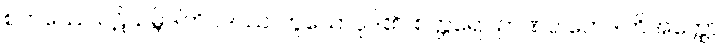
စတဿေ ပဋိသမ္ဘိဒါတိပဒဿ၊ ဟူသောပုဒ်၏။ စတ္တရော ဉာဏပ္ပ ဘေဒါတိအတ္ထော၊